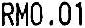
RM0.01